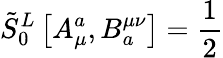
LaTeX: \tilde{S}_{0}^{L}\left[A_{\mu}^{a},B_{a}^{\mu\nu}\right]=\frac{1}{2}